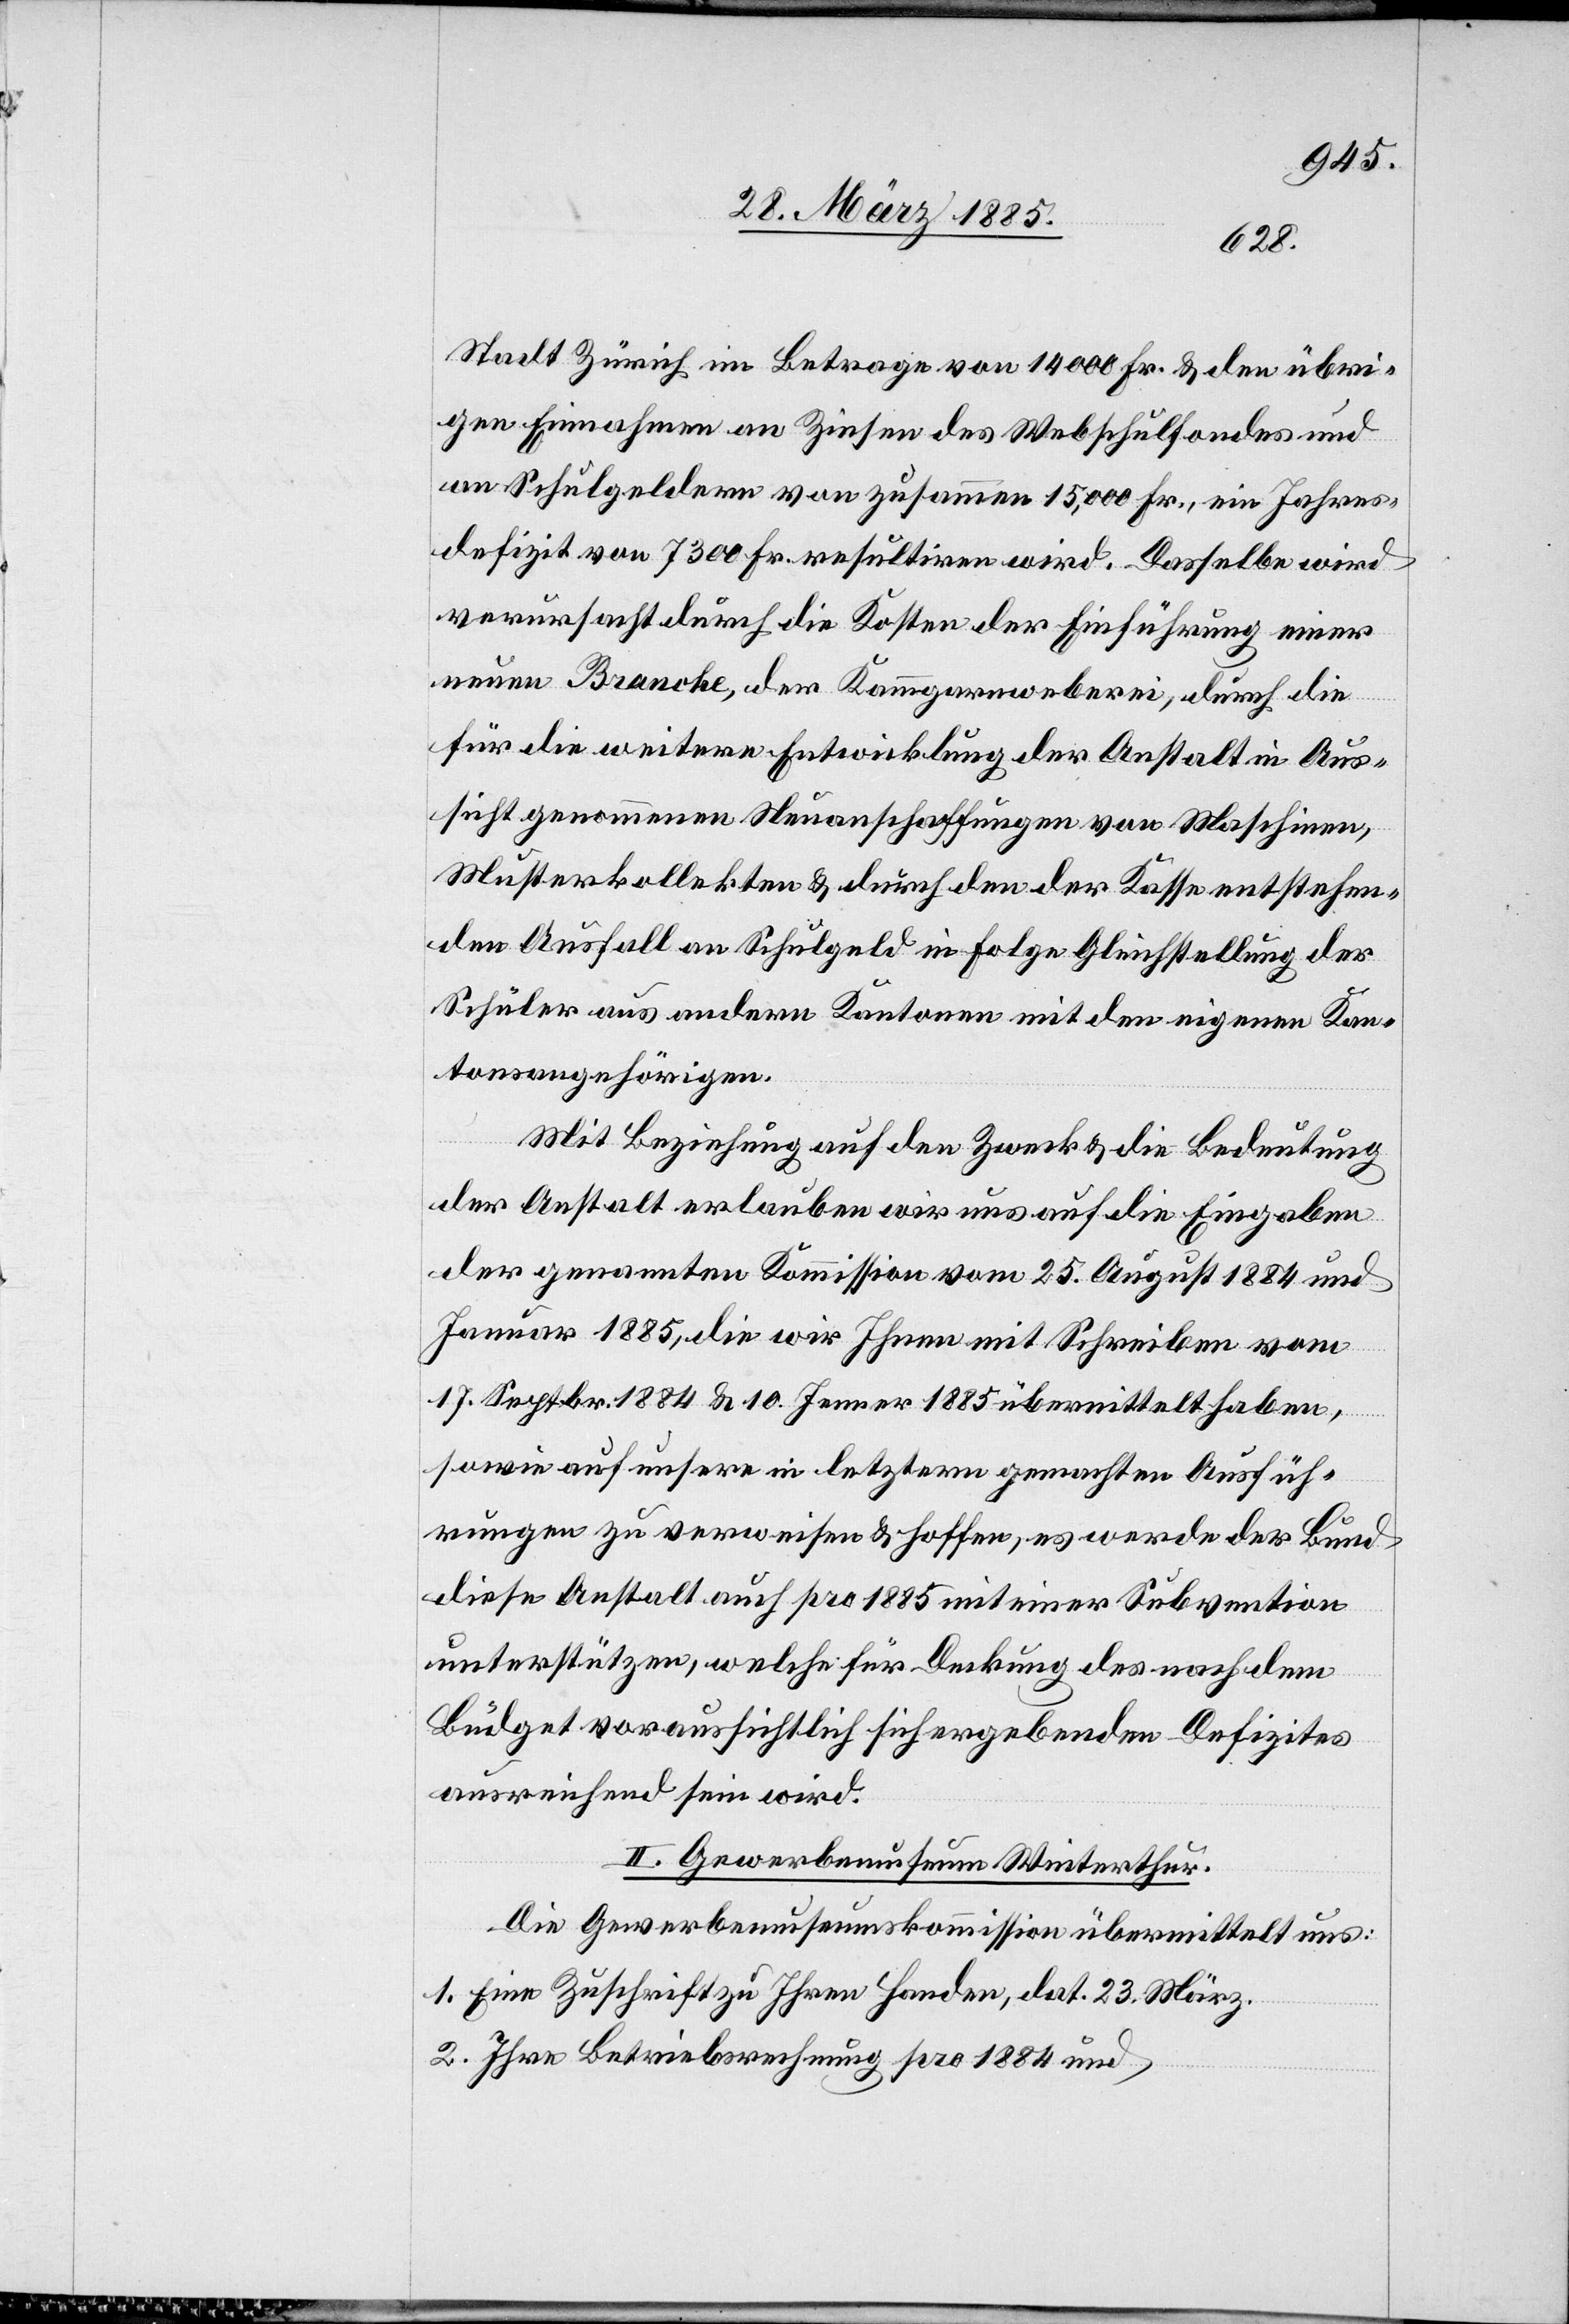
Stadt Zürich im Betrage von 14 000 Fr. & den übri¬
gen Einnahmen an Zinsen des Webschulfondes und
an Schulgeldern von zusammen 15,000 Fr., ein Jahres¬
defizit von 7300 Fr. resultiren wird. Dasselbe wird
verursacht durch die Kosten der Einführung einer
neuen Branche, der Kammgarnweberei, durch die
für die weitere Entwicklung der Anstalt in Aus¬
sicht genommenen Neuanschaffungen von Maschinen,
Musterkollekten & durch den der Kasse entstehen¬
den Ausfall an Schulgeld in Folge Gleichstellung der
Schüler aus andern Kantonen mit den eigenen Kan¬
tonsangehörigen.
Mit Beziehung auf den Zweck & die Bedeutung
der Anstalt erlauben wir uns auf die Eingaben
der genannten Kommission vom 25. August 1884 und
Januar 1885, die wir Ihnen mit Schreiben vom
17. Septbr. 1884 & 10. Jenner 1885 übermittelt haben,
sowie auf unsere in letztern gemachten Ausfüh¬
rungen zu verweisen & hoffen, es werde der Bund
diese Anstalt auch pro 1885 mit einer Subvention
unterstützen, welche für die Deckung des nach dem
Büdget voraussichtlich sich ergebenden Defizites
ausreichend sein wird.
II. Gewerbemuseum Winterthur.
Die Gewerbemuseumskommission übermittelt uns:
1. Eine Zuschrift zu Ihren Handen, dat. 23. März.
2. Ihre Betriebsrechnung pro 1884 und